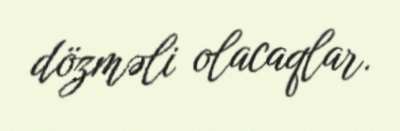
dözməli olacaqlar.